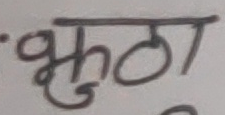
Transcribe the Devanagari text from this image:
भुठो